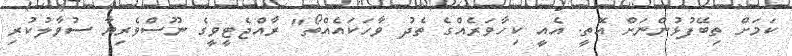
ކަމަށް ތިބޭފުޅުންނަށް އޮތީ. އެއީ ކިހާވަރެއްގެ ތެދު ވާހަކައެއްތޯ" ރާއްޖެޓީވީގެ ނޫސްވެރިޔާ ސުވާލުކުރި